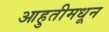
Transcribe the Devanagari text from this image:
आहुतीमधून